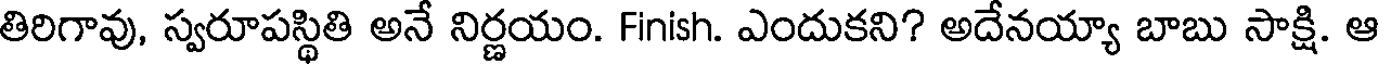
తిరిగావు, స్వరూపస్థితి అనే నిర్ణయం. Finish. ఎందుకని? అదేనయ్యా బాబు సాక్షి. ఆ